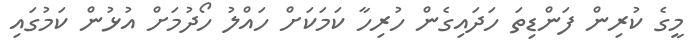
މީގެ ކުރިން ފަންޑިތަ ހަދައިގެން ހުރިހާ ކަމަކަށް ހައްލު ހޯދުމަށް އުޅުން ކަމުގައި